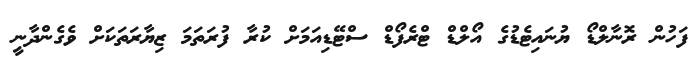
ފަހުން ރޮނާލްޑޯ ޔުނައިޓެޑުގެ އޯލްޑް ޓްރެފޯޑް ސްޓޭޑިއަމަށް ކުރާ ފުރަތަމަ ޒިޔާރަތަކަށް ވެގެންދާނީ